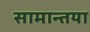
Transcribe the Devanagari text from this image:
सामान्तया